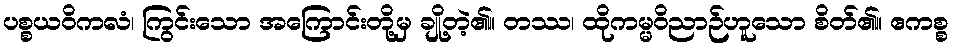
ပစ္စယဝိကလံ၊ ကြွင်းသော အကြောင်းတို့မှ ချို့တဲ့၏။ တဿ၊ ထိုကမ္မဝိညာဉ်ဟူသော စိတ်၏။ ဧကစ္စ